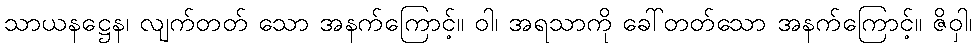
သာယနဋ္ဌေန၊ လျက်တတ် သော အနက်ကြောင့်။ ဝါ၊ အရသာကို ခေါ်တတ်သော အနက်ကြောင့်။ ဇိဝှါ၊